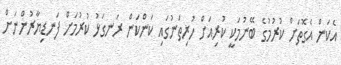
އެކަން އެގޮތަށް ކުރުމުގެ ބޭނުމަކީ ކުރިއަށް ހުރިތަނުގައި ކަންކަން ރަނގަޅު ކުރުމަށް ފަނޑިޔާރުންނަށް